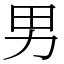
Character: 男